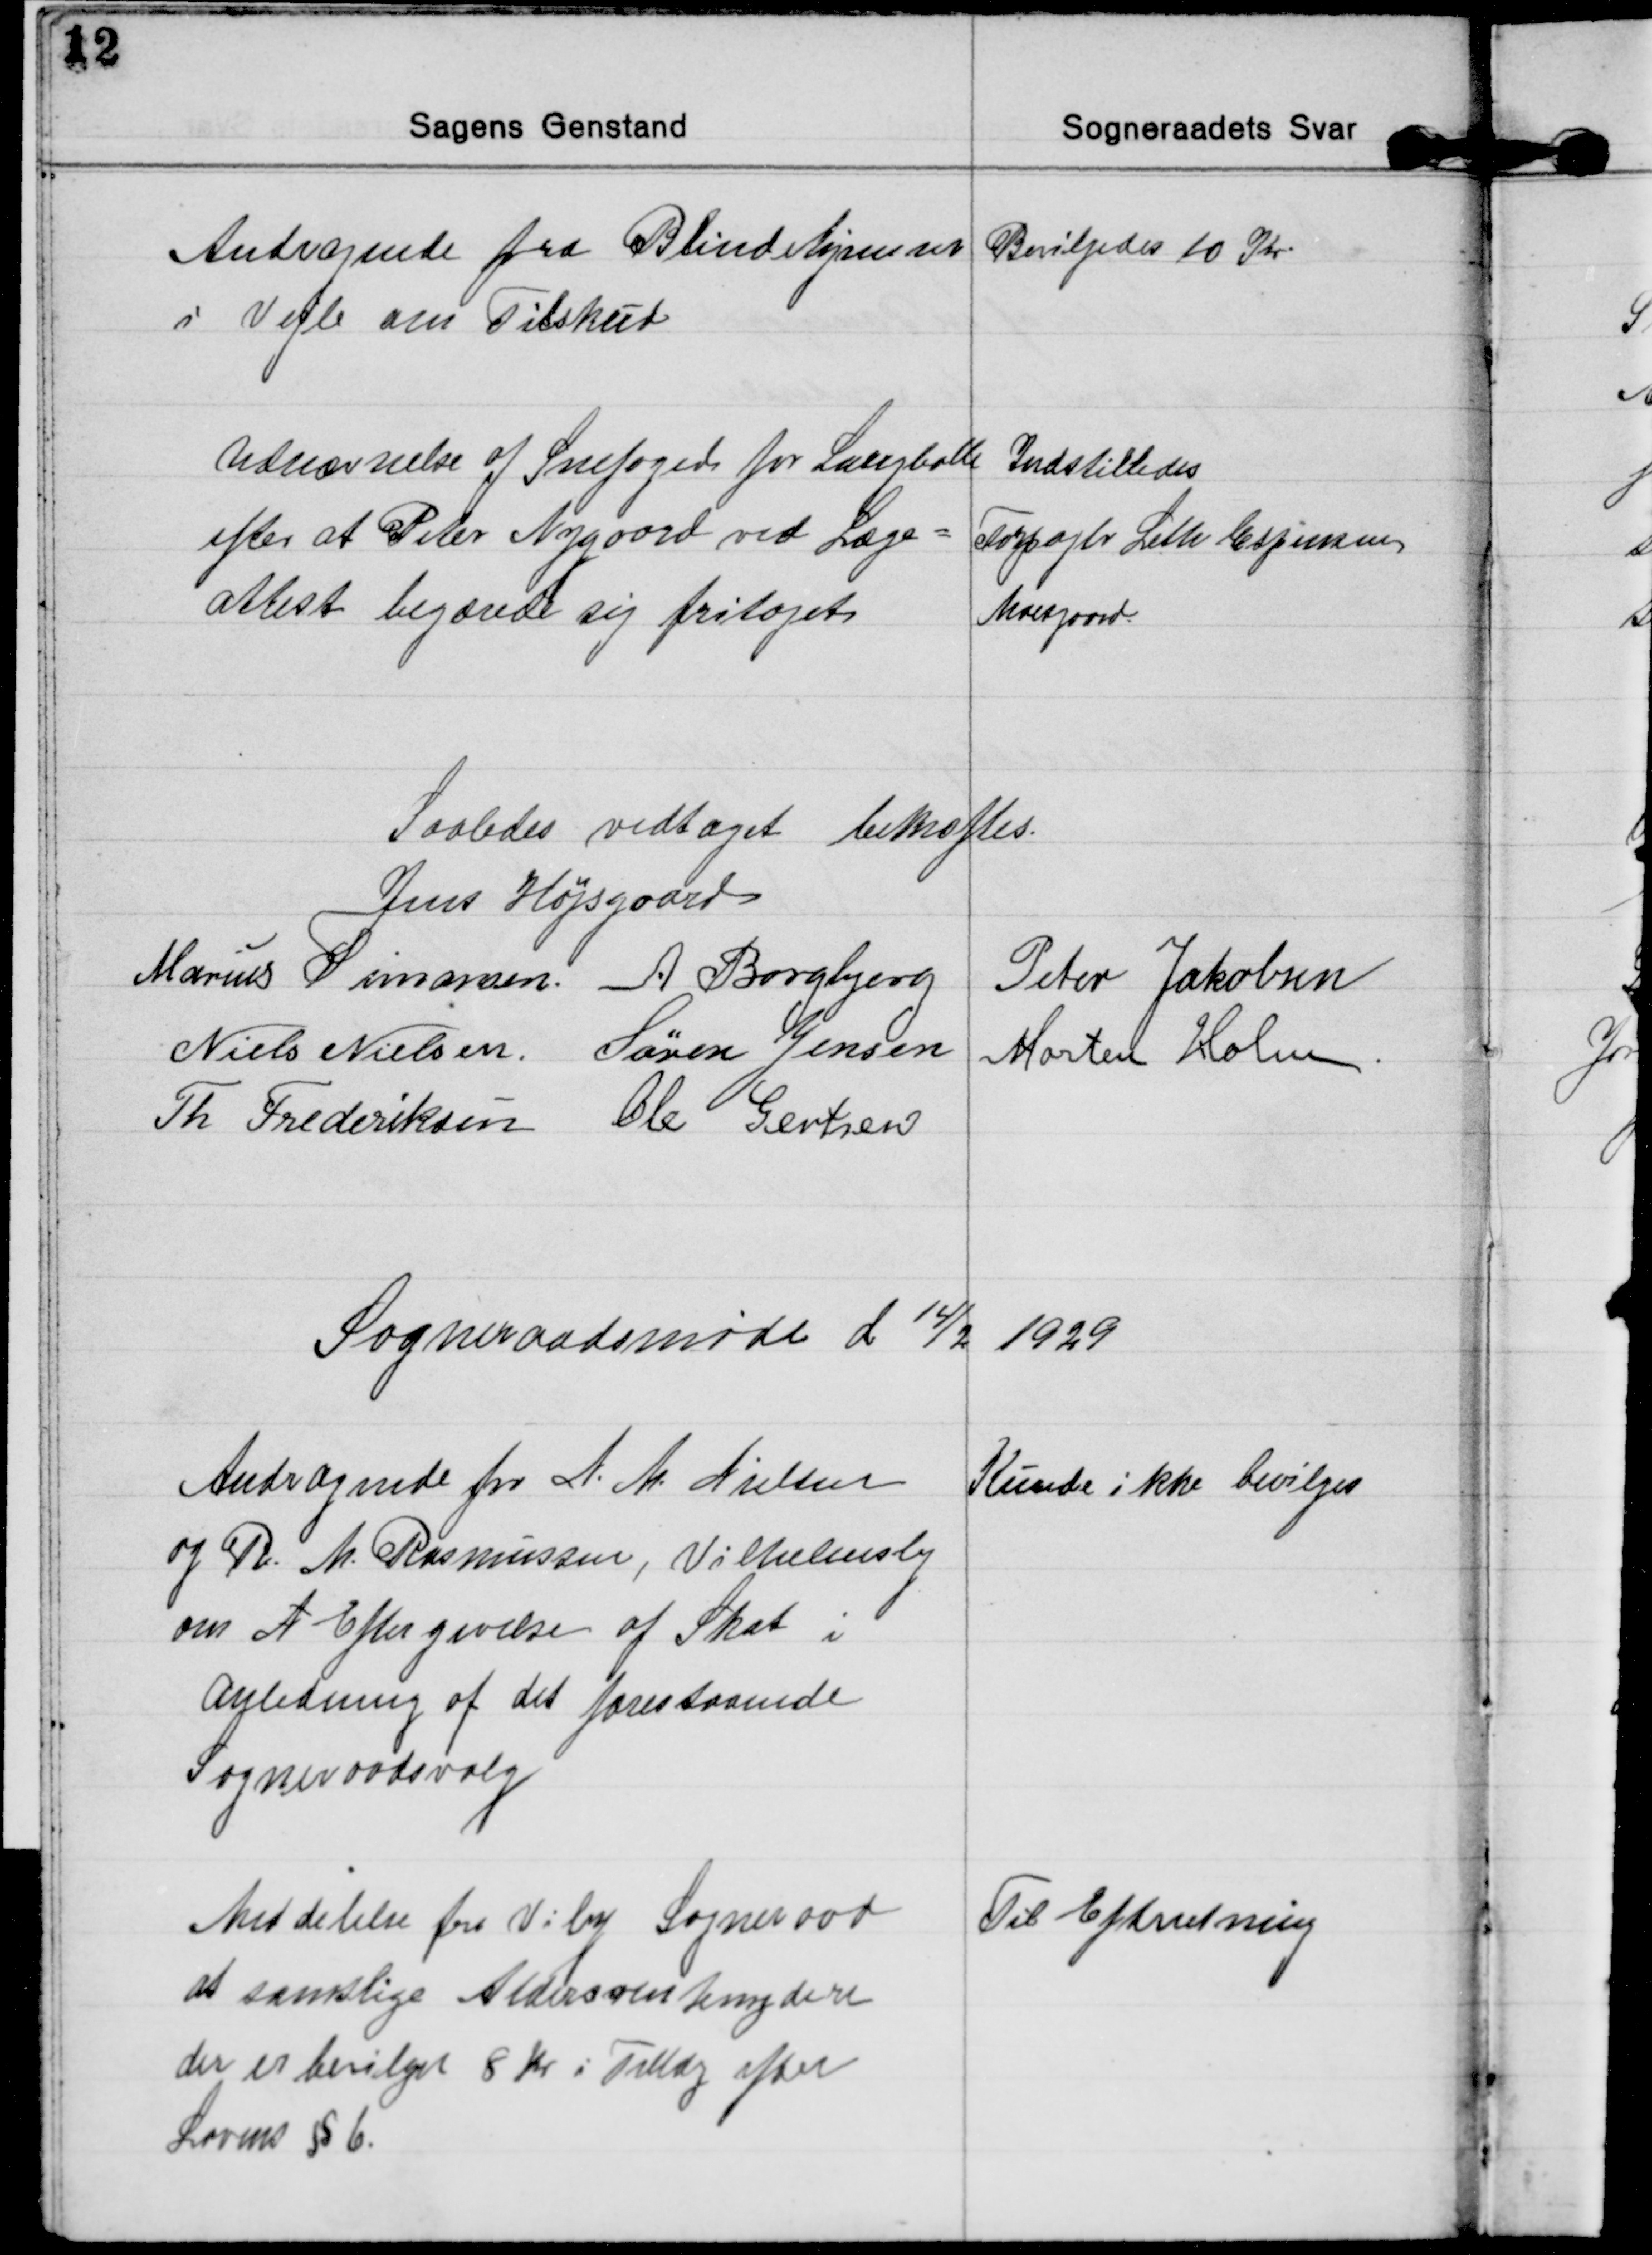
Transskription:
Andragende fra Blindehjemmet
i Vejle om Tilskud
Bevilgedes 10 Kr
Udnævnelse af Snefoged for Langballe
efter at Peter Nygaard ved Læge=
attest begærede sig fritaget
Indstilledes
Forpagter Leth Espensen
Moesgaard.

Saaledes vedtaget bekræftes.
Jens Højsgaard
Marius Simonsen. A Borgbjerg
Peter Jakobsen
Niels Nielsen Søren Jensen
Morten Holm
Th Frederiksen Ole Gertsen

Sogneraadsmøde d 14/2 1929

Andragende fra N. M. Nielsen
og R. M. Rasmussen, Vilhelmsbg
om A Eftergivelse af Skat i
anledning af det forestaaende
Sogneraadsvalg
Kunde ikke bevilges

Meddelelse fra Viby Sogneraad
at samtlige Aldersrentenydere
der er bevilget 8 Kr i Tillæg efter
Lovens § 6.
Til Efterretning